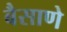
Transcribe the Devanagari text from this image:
बैसाणे